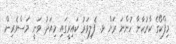
މިފްކޯގެ ކާރުހާނާ ހުންނަ ރަށް ޅ. ފެލިވަރު ކައިރީގައި މިއަދު ވަނީ މަސްވެރިން